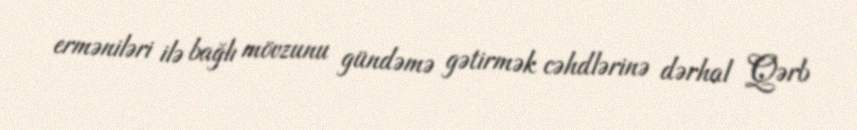
erməniləri ilə bağlı mövzunu gündəmə gətirmək cəhdlərinə dərhal Qərb